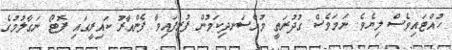
ހުއްޓައިވެސް ލިޔެވެ. ނަމަވެސް ގުދުރަތީ މުއްސަނދިކަމުން ފުރިފައިވާ ފެންއާރު ކައިރީގައި ފޮޓޯ ނަގާލުމުގެ